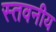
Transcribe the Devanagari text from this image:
स्तवनीय